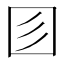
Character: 𡆱